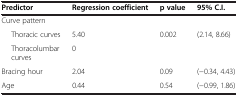
| Predictor | Regression coefficient | p value | 95% C.I. |
 | --- | --- | --- | --- |
 | Curve pattern |  |  |  |
 | Thoracic curves | 5.40 | 0.002 | (2.14, 8.66) |
 | Thoracolumbar curves | 0 |  |  |
 | Bracing hour | 2.04 | 0.09 | (−0.34, 4.43) |
 | Age | 0.44 | 0.54 | (−0.99, 1.86) |